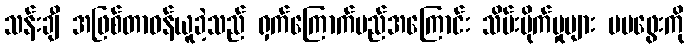
သန်းချီ အဖြစ်တာဝန်ယူခဲ့သည် ရှက်ကြောက်မည်အကြောင်း သိမ်းပိုက်မှုများ မမဖွေးကို